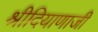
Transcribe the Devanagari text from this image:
श्रीदियाणाजी